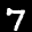
Label: 7